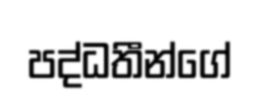
පද්ධතීන්ගේ